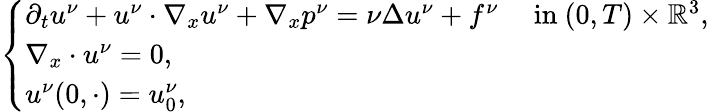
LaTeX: \begin{array}{r}{\left\{ \begin{array}{ll}{\partial_{t}u^{\nu}+u^{\nu}\cdot\nabla_{x}u^{\nu}+\nabla_{x}p^{\nu}=\nu\Delta u^{\nu}+f^{\nu}\quad\mathrm{~in~}(0,T)\times\mathbb{R}^{3},}\\ {\nabla_{x}\cdot u^{\nu}=0,}\\ {u^{\nu}(0,\cdot)=u_{0}^{\nu},}\end{array}\right.}\end{array}